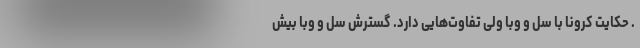
. حکایت کرونا با سل و وبا ولی تفاوت‌هایی دارد. گسترش سل و وبا بیش